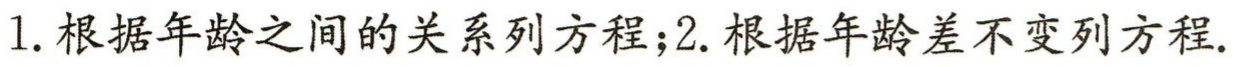
1. 根据年龄之间的关系列方程；2. 根据年龄差不变列方程.